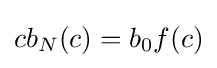
cb_{N}(c)=b_{0}f(c)